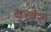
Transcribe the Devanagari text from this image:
वृखेश